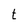
Character: t